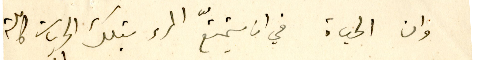
وان الحياة في ان يتمتّع المرء بتلك الحريات كاملة